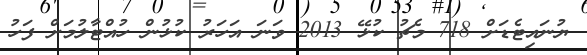
ޔުނައިޓެޑަށް 718 މެޗު ކުޅޭ 2013 ވަނަ އަހަރު ކުޅުން ހުއްޓާލުމަށް ފަހު